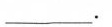
___